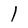
Character: 1